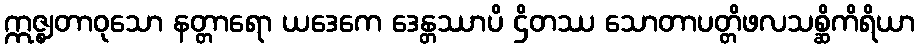
ဣဇ္ဈတာဝုသော နတ္တာရော ယဒေကေ ဒေန္တဿာပိ ဌိတဿ သောတာပတ္တိဖလသစ္ဆိကိရိယာ